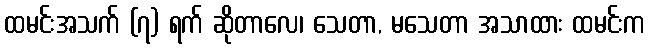
ထမင်းအသက် (၇) ရက် ဆိုတာလေ၊ သေတာ, မသေတာ အသာထား ထမင်းက